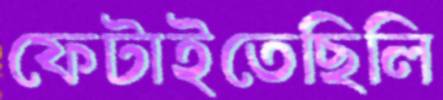
ফেটাইতেছিলি